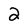
Character: 2